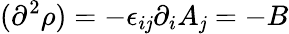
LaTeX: (\partial^{2}\rho)=-\epsilon_{i\mathit{j}}\partial_{i}A_{\mathit{j}}=-B